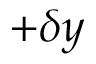
+ \delta y